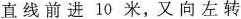
直线前进10米，又向左转